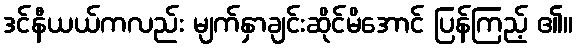
ဒင်နီယယ်ကလည်း မျက်နှာချင်းဆိုင်မိအောင် ပြန်ကြည့် ၏။